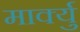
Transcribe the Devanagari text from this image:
मार्क्यु